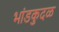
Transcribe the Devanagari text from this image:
भांडकुदळ